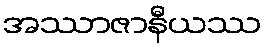
အဿာဇာနီယဿ